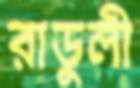
রাডুলী